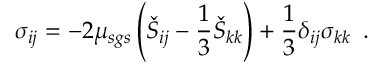
\sigma _ { i j } = - 2 \mu _ { s g s } \left( \check { S } _ { i j } - \frac { 1 } { 3 } \check { S } _ { k k } \right) + \frac { 1 } { 3 } \delta _ { i j } \sigma _ { k k } \, \mathrm { ~ . ~ }